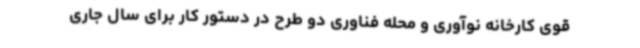
قوی کارخانه نوآوری و محله فناوری دو طرح در دستور کار برای سال جاری